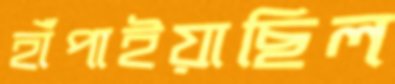
হাঁপাইয়াছিল